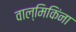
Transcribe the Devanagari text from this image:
वाल्मिकिंना